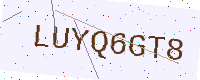
Text: LUYQ6GT8